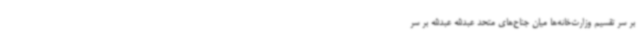
بر سر تقسیم وزارت‌خانه‌ها میان جناح‌های متحد عبدالله عبدالله بر سر